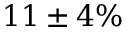
1 1 \pm 4 \%